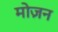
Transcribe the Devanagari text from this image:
मोज़न